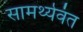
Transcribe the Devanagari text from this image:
सामर्थ्यवंत